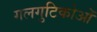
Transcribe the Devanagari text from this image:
गलगुटिकोओं